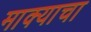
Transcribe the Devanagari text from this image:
माक्याचा